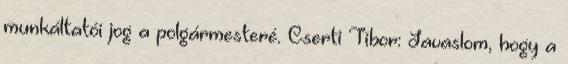
munkáltatói jog a polgármesteré. Cserti Tibor: Javaslom, hogy a